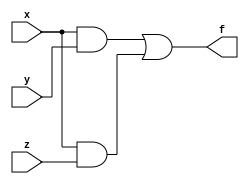
module q1_1r(x,y,z,f);
input x,y,z;
output f;
assign f = (x&y)|(x&z);
endmodule